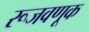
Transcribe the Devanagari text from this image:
रूजवणूक